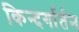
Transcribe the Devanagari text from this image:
किन्दर्गार्तन